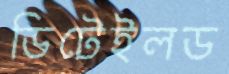
ডিটেইলড